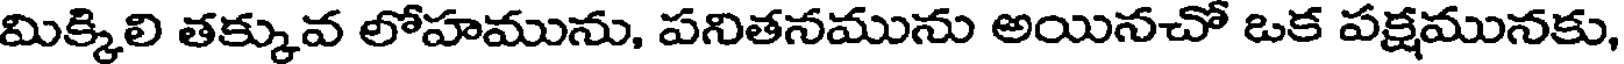
మిక్కిలి తక్కువ లోహమును, పనితనమును అయినచో ఒక పక్షమునకు,